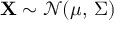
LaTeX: \mathbf { X } \sim { \mathcal { N } } ( { \boldsymbol { \mu } } , \, { \boldsymbol { \Sigma } } )